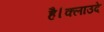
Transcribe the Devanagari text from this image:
है।क्लाउदे